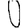
Digit: 0